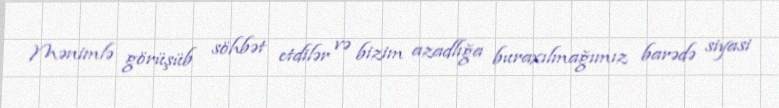
Mənimlə görüşüb söhbət etdilər və bizim azadlığa buraxılmağımız barədə siyasi